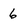
Character: 6